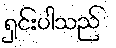
ရှင်းပါသည်